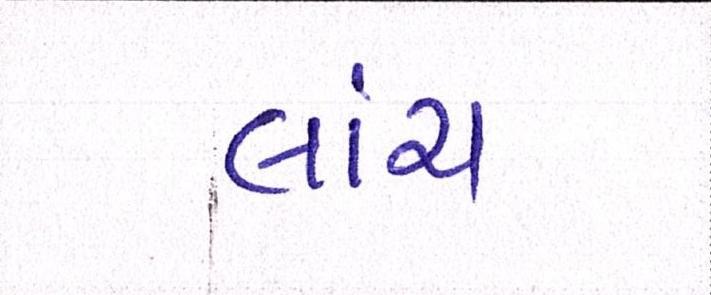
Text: લાંચ